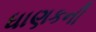
ધાણકની